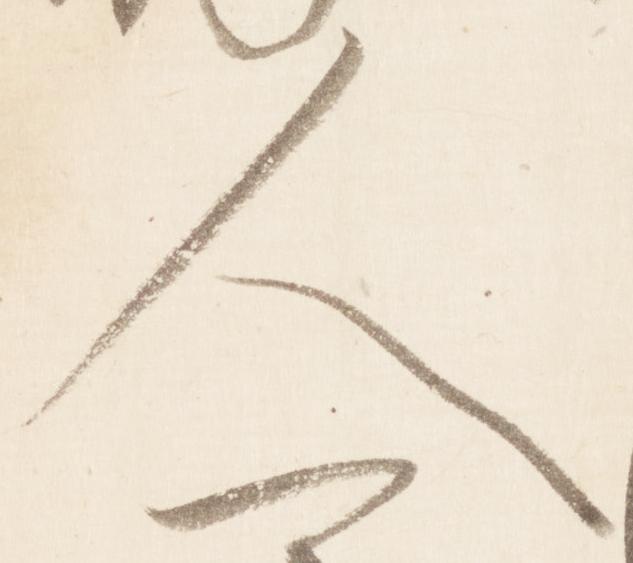
人